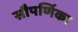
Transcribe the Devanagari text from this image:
सौपर्णिका